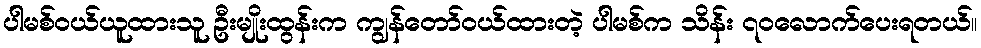
ပါမစ်ဝယ်ယူထားသူ ဦးမျိုးထွန်းက ကျွန်တော်ဝယ်ထားတဲ့ ပါမစ်က သိန်း ၇၀လောက်ပေးရတယ်။